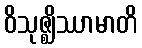
ဝိသုဇ္ဈိဿာမာတိ